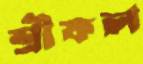
শ্রীফল